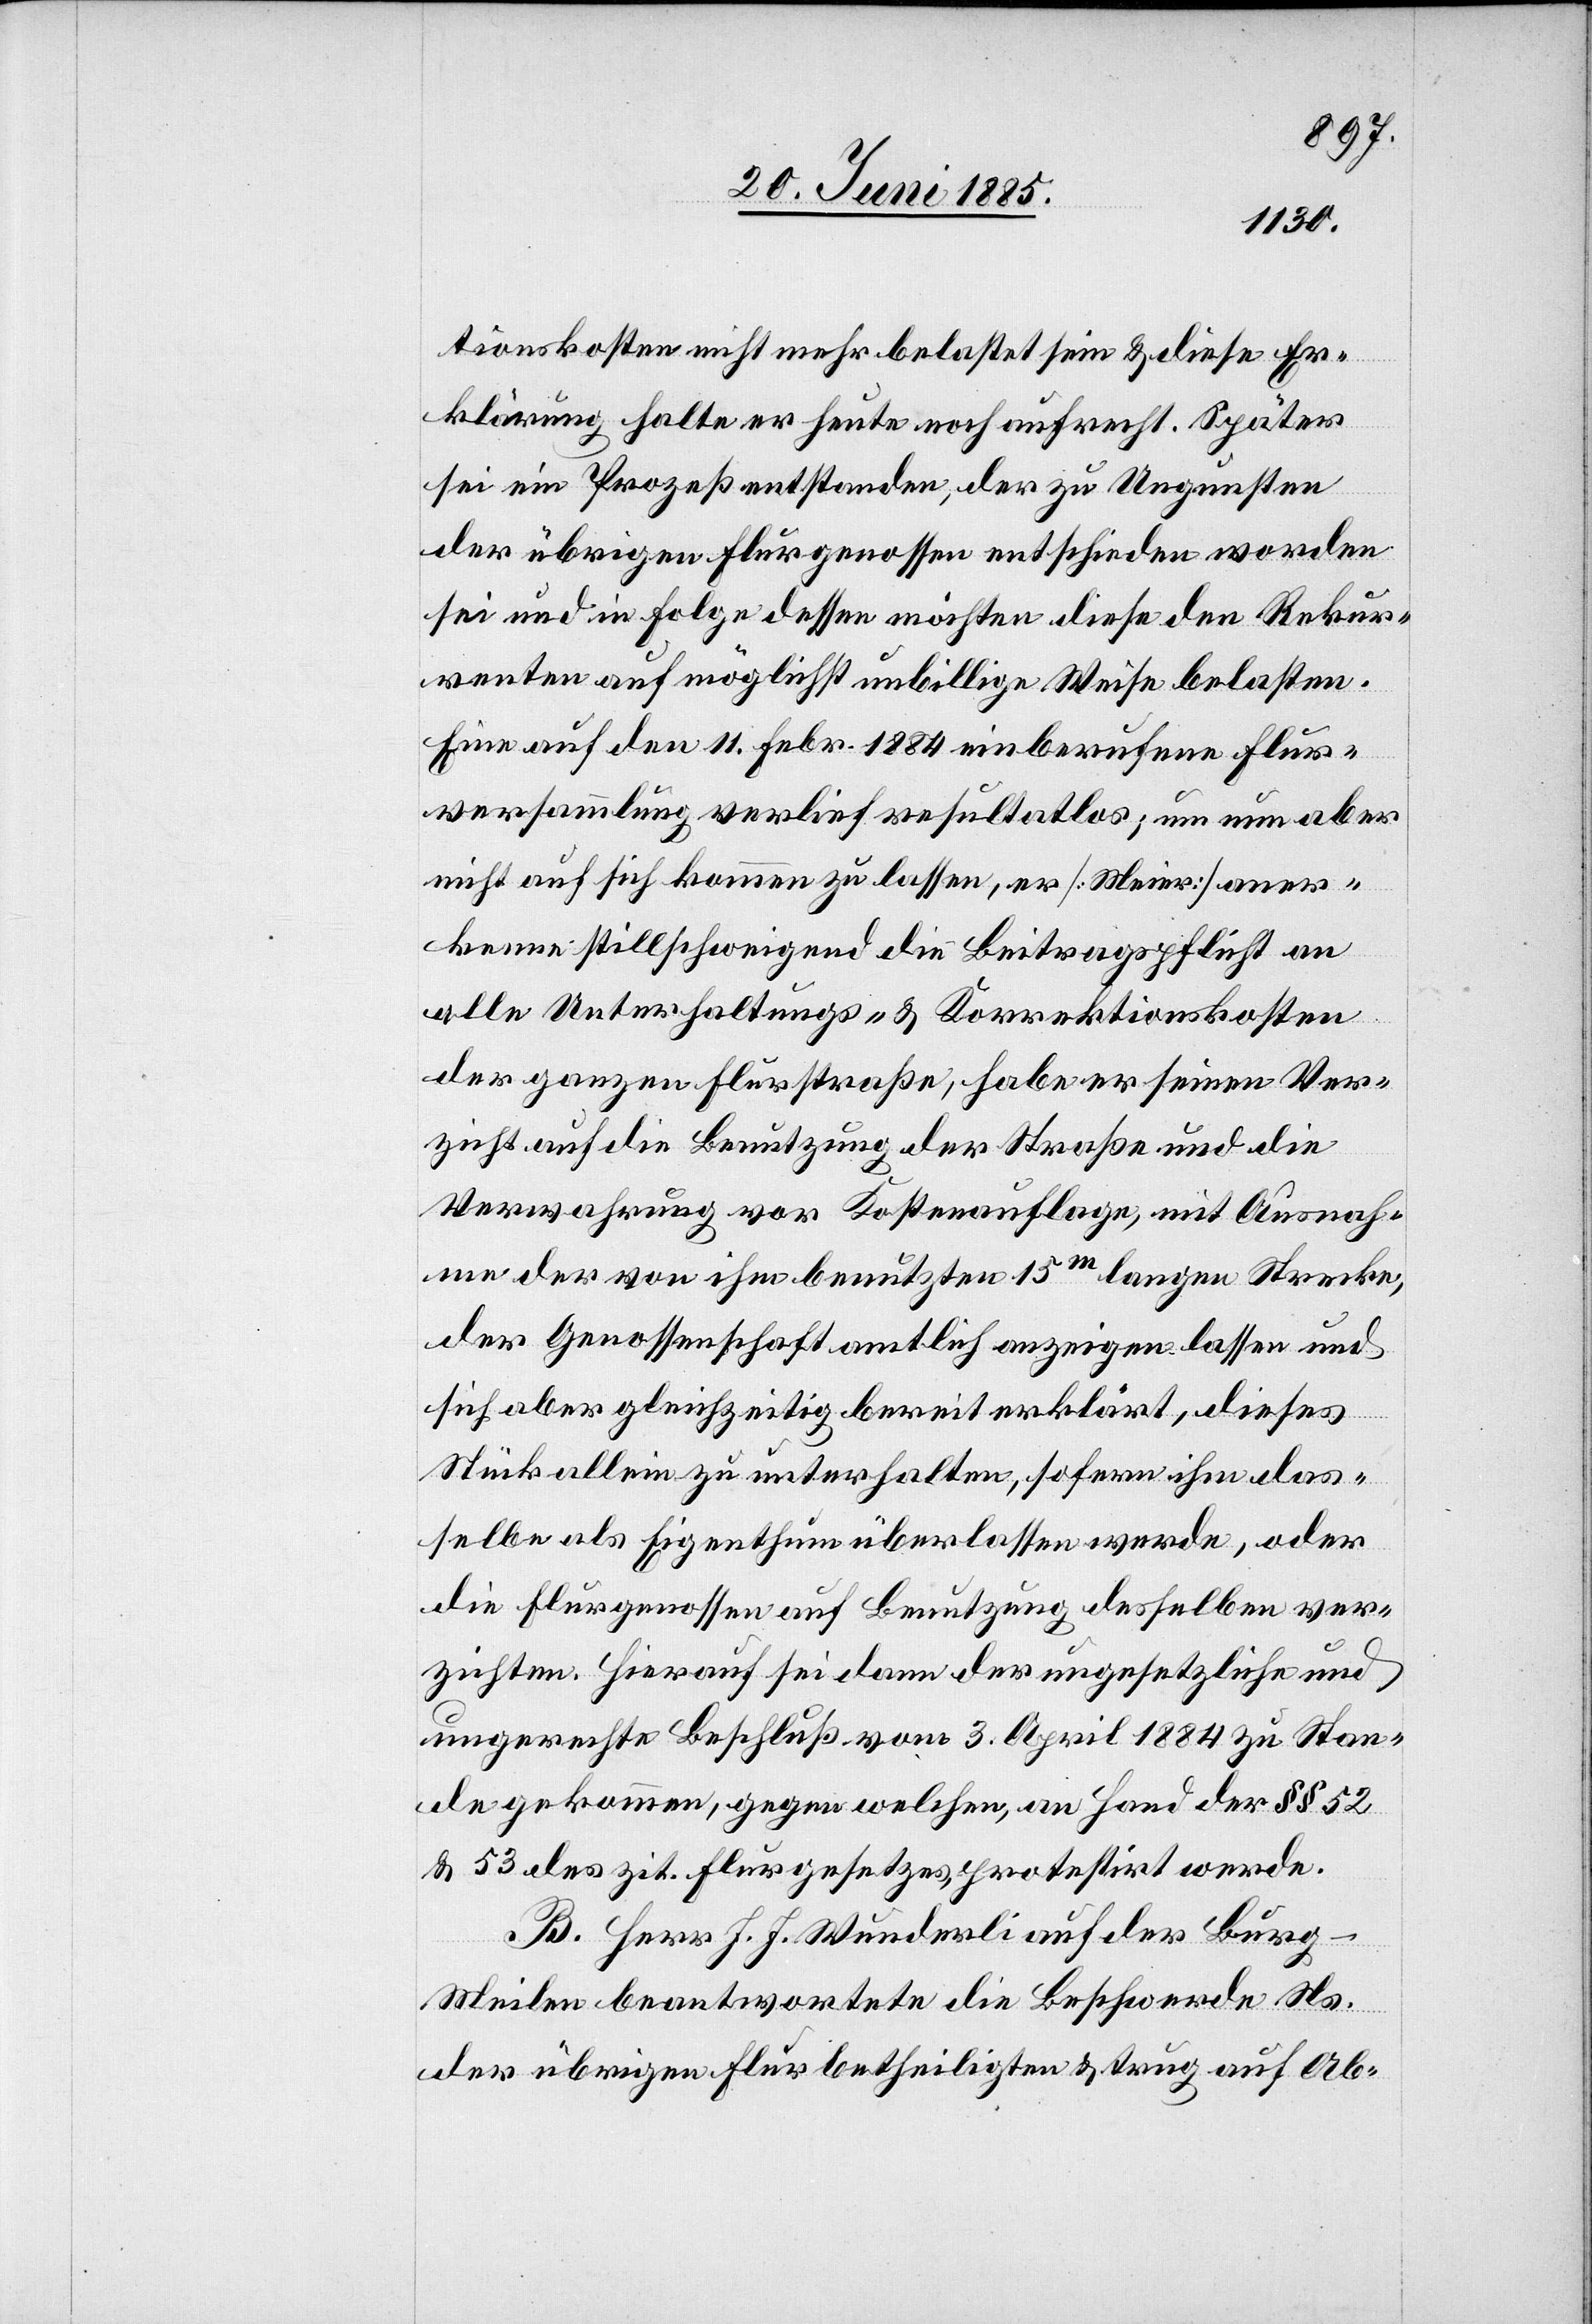
tionskosten nicht mehr belastet sein & diese Er¬
klärung halte er heute noch aufrecht. Später
sei ein Prozeß entstanden, der zu Ungunsten
der übrigen Flurgenossen entschieden worden
sei und in Folge dessen möchten diese den Rekur¬
renten auf möglichst unbillige Weise belasten.
Eine auf den 11. Febr. 1884 einberufene Flur¬
versammlung verlief resultatlos; um nun aber
nicht auf sich kommen zu lassen, er [Meier] aner¬
kenne stillschweigend die Beitragspflicht an
alle Unterhaltungs- & Korrektionskosten
der ganzen Flurstraße, habe er seinen Ver¬
zicht auf die Benutzung der Straße und die
Verwahrung vor Kostenauflage, mit Ausnah¬
me der von ihm benutzten 15 m langen Strecke,
der Genossenschaft amtlich anzeigen lassen und
sich aber gleichzeitig bereit erklärt, dieses
Stück allein zu unterhalten, sofern ihm das¬
selbe als Eigenthum überlassen werde, oder
die Flurgenossen auf Benutzung desselben ver¬
zichten. Hierauf sei dann der ungesetzliche und
ungerechte Beschluß vom 3. April 1884 zu Stan¬
de gekommen, gegen welchen, an Hand der §§ 52
& 53 des zit. Flurgesetzes, protestirt werde.
B. Herr J. J. Wunderli auf der Burg
Meilen beantwortete die Beschwerde Ns.
der übrigen Flurbetheiligten & trug auf Ab-